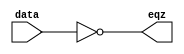
module EQZ (eqz, data);
   input [15:0] data;
   output eqz;
   assign eqz = (data == 0);
endmodule